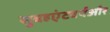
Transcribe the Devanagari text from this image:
सुबहएंटवर्पऔर